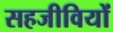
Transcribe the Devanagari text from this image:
सहजीवियों